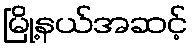
မြို့နယ်အဆင့်